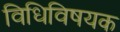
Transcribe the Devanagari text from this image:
विधिविषयक